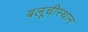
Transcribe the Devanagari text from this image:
बलूचीस्थान